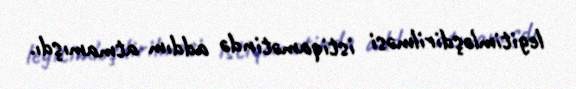
legitimləşdirilməsi istiqamətində addım atmamışdı.